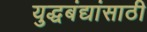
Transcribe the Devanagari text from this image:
युद्धबंद्यांसाठी